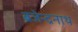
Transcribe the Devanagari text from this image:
ब्रजेन्द्रनाथ